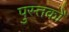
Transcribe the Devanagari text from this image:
पुस्तकोँ